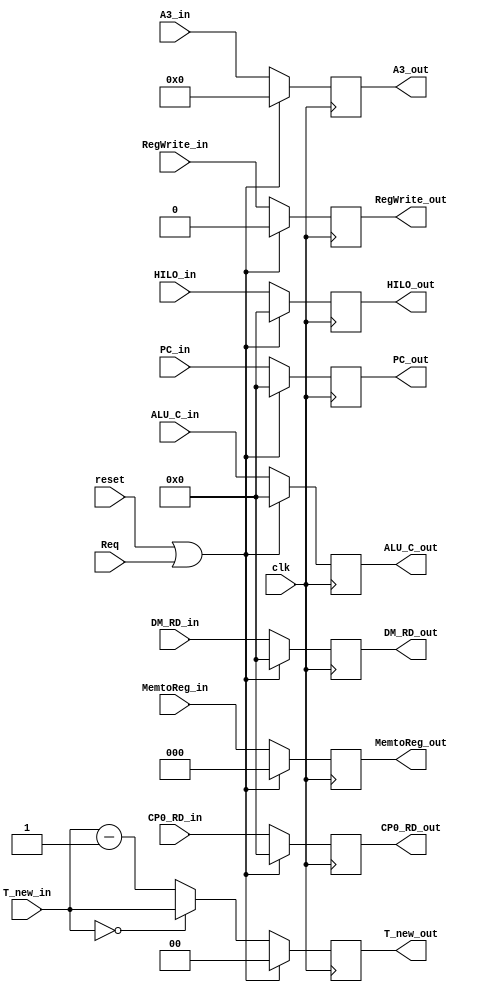
`timescale 1ns / 1ps

module w_reg(
    input clk,
    input reset,
    input Req,

    input [31:0] PC_in,
    input [1:0] T_new_in,

    input RegWrite_in,
    input [2:0] MemtoReg_in,

    input [4:0] A3_in,
    input [31:0] ALU_C_in,
    input [31:0] HILO_in,
    input [31:0] DM_RD_in,
    input [31:0] CP0_RD_in,

    output reg [31:0] PC_out,
    output reg [1:0] T_new_out,

    output reg RegWrite_out,
    output reg [2:0] MemtoReg_out,

    output reg [4:0] A3_out,
    output reg [31:0] ALU_C_out,
    output reg [31:0] HILO_out,
    output reg [31:0] DM_RD_out,
    output reg [31:0] CP0_RD_out
    );

    always @(posedge clk) begin
        if (reset | Req) begin
            PC_out <= 32'b0;
            T_new_out <= 2'd0;

            MemtoReg_out <= 3'b0;
            RegWrite_out <= 1'b0;

            A3_out <= 5'b0;
            ALU_C_out <= 32'b0;
            HILO_out <= 32'b0;
            DM_RD_out <= 32'b0;
            CP0_RD_out <= 32'b0;
        end
        else begin
            PC_out <= PC_in;
            T_new_out <= (T_new_in == 2'd0) ? T_new_in : T_new_in - 2'd1;

            RegWrite_out <= RegWrite_in;
            MemtoReg_out <= MemtoReg_in;

            A3_out <= A3_in;
            ALU_C_out <= ALU_C_in;
            HILO_out <= HILO_in;
            DM_RD_out <= DM_RD_in;
            CP0_RD_out <= CP0_RD_in;
        end
    end

endmodule